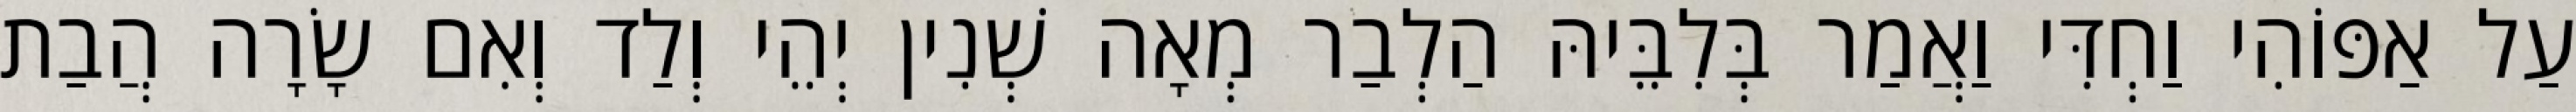
עַל אַפּוֹהִי וַחְדִּי וַאֲמַר בְּלִבֵּיהּ הַלְבַר מְאָה שְׁנִין יְהֵי וְלַד וְאִם שָׂרָה הֲבַת